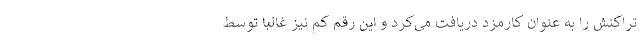
تراکنش را به عنوان کارمزد دریافت می‌کرد و این رقم کم نیز غالباً توسط